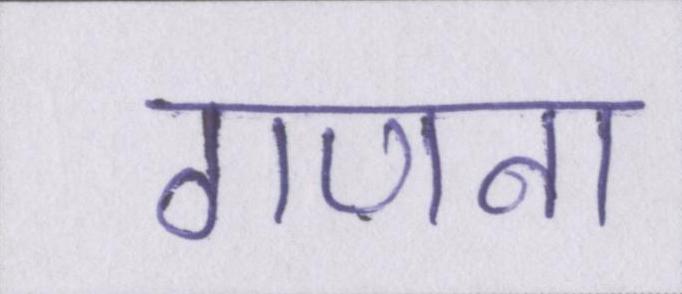
गणना